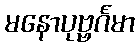
မနောပုဗ္ဗင်္ဂမာ